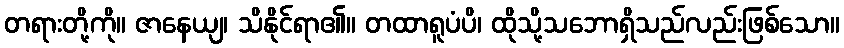
တရားတို့ကို။ ဇာနေယျ၊ သိနိုင်ရာ၏။ တထာရူပံပိ၊ ထိုသို့သဘောရှိသည်လည်းဖြစ်သော။